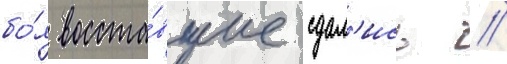
бо́я восста́вшие сдал'ись //